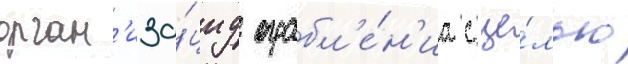
орган'иза́циу ограбл'е́н'иа с це́лью